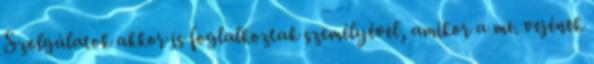
Szolgálatok akkor is foglalkoztak személyével, amikor a me. vejének